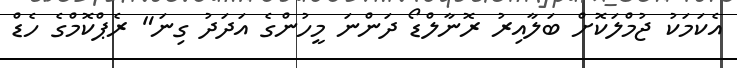
އެކަމަކު ޖުމްލަކޮށް ބަލާއިރު ރޮނާލްޑޯ ދަންނަ މީހުންގެ އަދަދު ގިނަ" ރެޕްކޮމްގެ ހެޑް